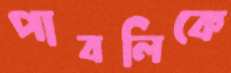
পাবলিকে